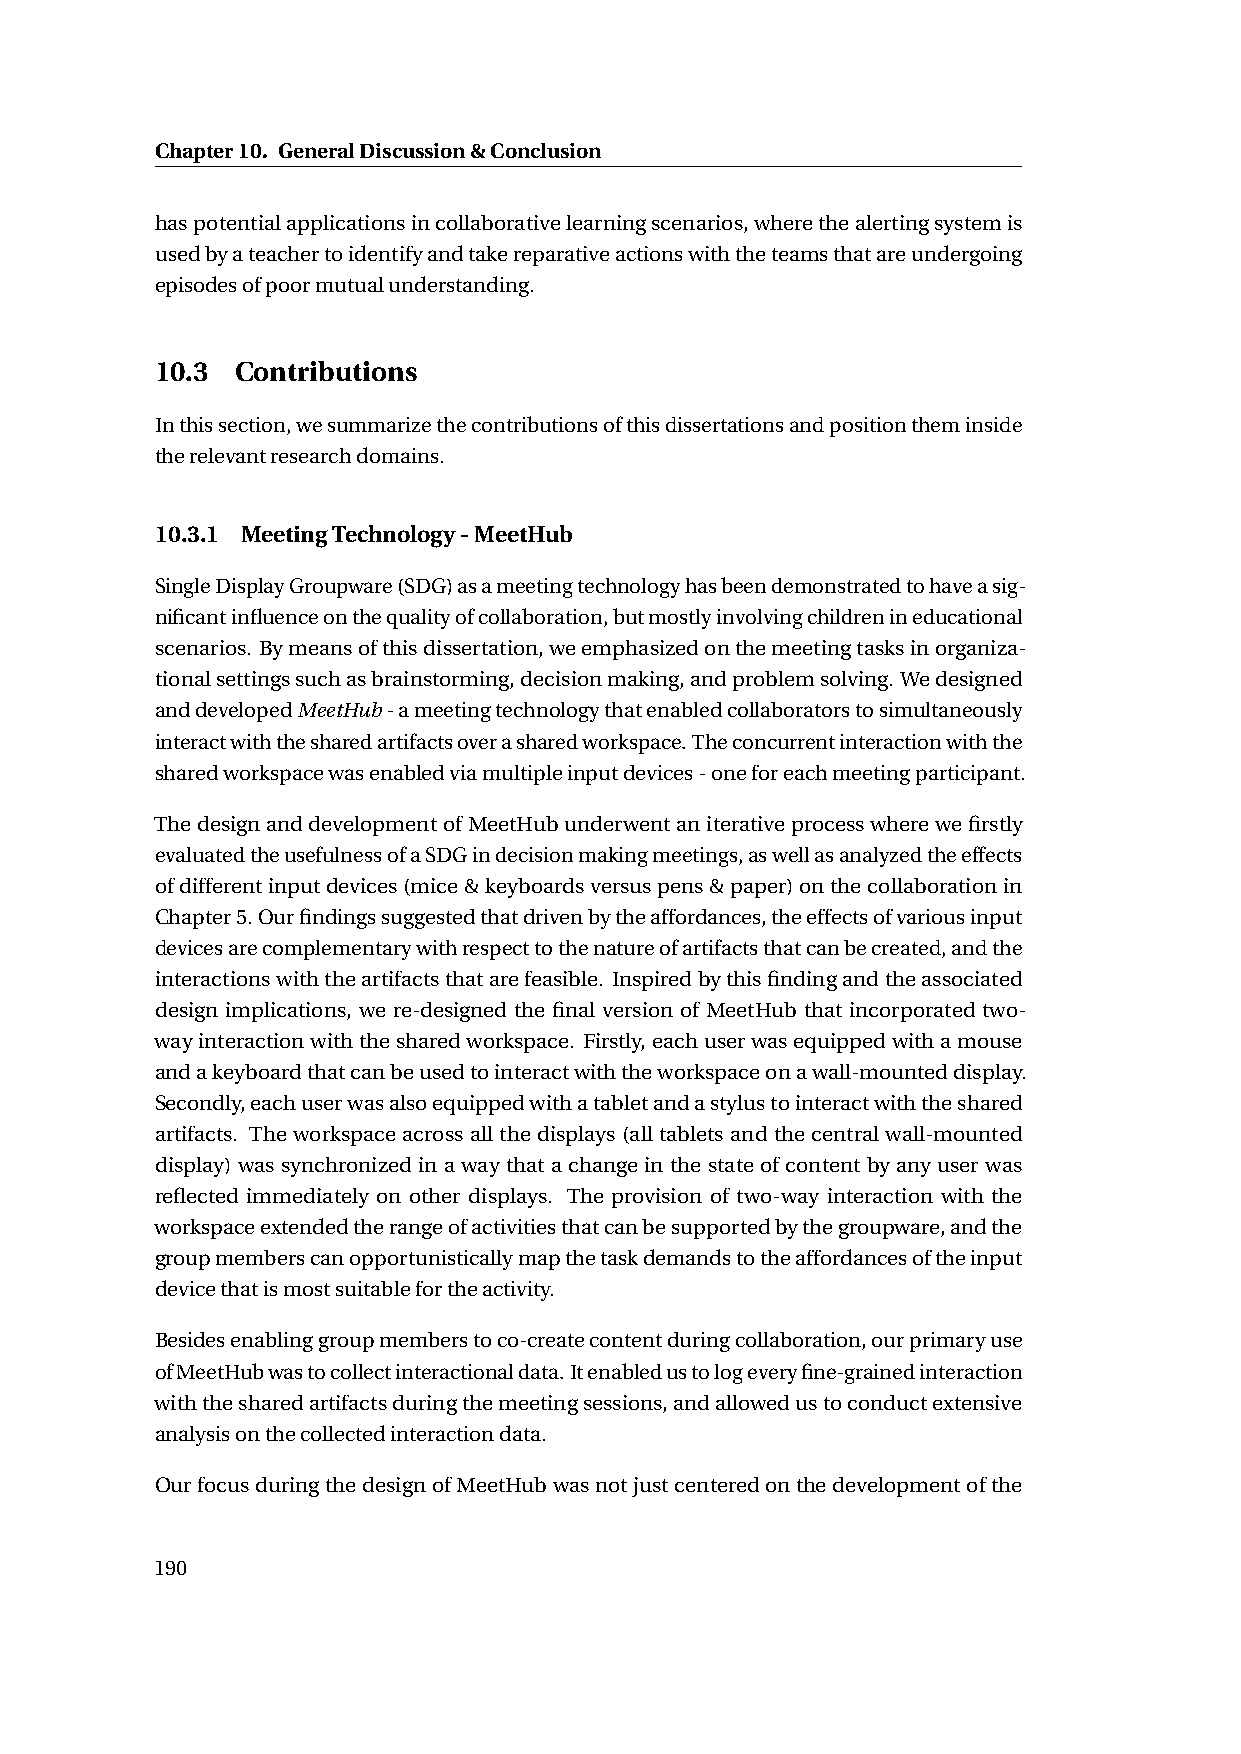
Chapter10. GeneralDiscussion&Conclusion
 haspotentialapplicationsincollaborativelearningscenarios,wherethealertingsystemis
 usedbyateachertoidentifyandtakereparativeactionswiththeteamsthatareundergoing
 episodesofpoormutualunderstanding.
 10.3  Contributions
 Inthissection,wesummarizethecontributionsofthisdissertationsandpositiontheminside
 therelevantresearchdomains.
 10.3.1 MeetingTechnology-MeetHub
 SingleDisplayGroupware(SDG)asameetingtechnologyhasbeendemonstratedtohaveasig-
 nificantinfluenceonthequalityofcollaboration,butmostlyinvolvingchildrenineducational
 scenarios. Bymeansofthisdissertation,weemphasizedonthemeetingtasksinorganiza-
 tionalsettingssuchasbrainstorming,decisionmaking,andproblemsolving.Wedesigned
 anddevelopedMeetHub-ameetingtechnologythatenabledcollaboratorstosimultaneously
 interactwiththesharedartifactsoverasharedworkspace.Theconcurrentinteractionwiththe
 sharedworkspacewasenabledviamultipleinputdevices-oneforeachmeetingparticipant.
 ThedesignanddevelopmentofMeetHubunderwentaniterativeprocesswherewefirstly
 evaluatedtheusefulnessofaSDGindecisionmakingmeetings,aswellasanalyzedtheeffects
 ofdifferentinputdevices(mice&keyboardsversuspens&paper)onthecollaborationin
 Chapter5.Ourfindingssuggestedthatdrivenbytheaffordances,theeffectsofvariousinput
 devicesarecomplementarywithrespecttothenatureofartifactsthatcanbecreated,andthe
 interactionswiththeartifactsthatarefeasible. Inspiredbythisfindingandtheassociated
 design implications, we re-designed the final version of MeetHub that incorporated two-
 wayinteractionwiththesharedworkspace. Firstly,eachuserwasequippedwithamouse
 andakeyboardthatcanbeusedtointeractwiththeworkspaceonawall-mounteddisplay.
 Secondly,eachuserwasalsoequippedwithatabletandastylustointeractwiththeshared
 artifacts. The workspace across all the displays (all tablets and the central wall-mounted
 display) was synchronized in a way that a change in the state of content by any user was
 reflected immediately on other displays. The provision of two-way interaction with the
 workspaceextendedtherangeofactivitiesthatcanbesupportedbythegroupware,andthe
 groupmemberscanopportunisticallymapthetaskdemandstotheaffordancesoftheinput
 devicethatismostsuitablefortheactivity.
 Besidesenablinggroupmemberstoco-createcontentduringcollaboration,ourprimaryuse
 ofMeetHubwastocollectinteractionaldata.Itenabledustologeveryfine-grainedinteraction
 withthesharedartifactsduringthemeetingsessions,andallowedustoconductextensive
 analysisonthecollectedinteractiondata.
 OurfocusduringthedesignofMeetHubwasnotjustcenteredonthedevelopmentofthe
 190